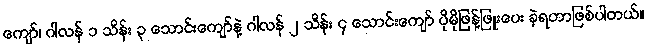
ကျော်၊ ဂါလန် ၁ သိန်း ၃ သောင်းကျော်နဲ့ ဂါလန် ၂ သိန်း ၄ သောင်းကျော် ပိုမိုဖြန့်ဖြူးပေး ခဲ့ရတာဖြစ်ပါတယ်။